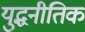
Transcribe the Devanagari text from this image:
युद्धनीतिक